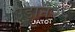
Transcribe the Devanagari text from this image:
उड़ाने२५